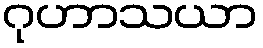
ဂုဟာသယာ